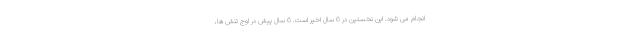
انجام می شود. این نخستین در 6 سال اخیر است. 6 سال پیش در اوج تنش ها،